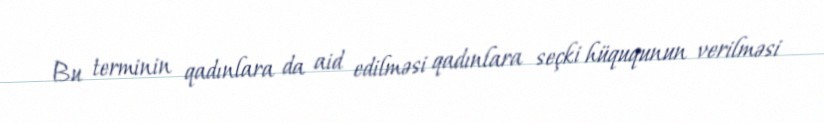
Bu terminin qadınlara da aid edilməsi qadınlara seçki hüququnun verilməsi